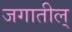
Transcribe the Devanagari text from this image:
जगातील्